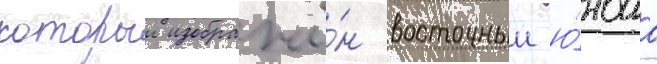
которои изображё́н восточныи ю́ноша